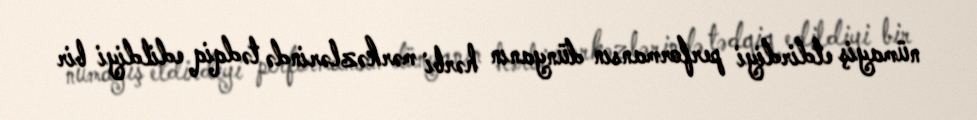
nümayiş etdirdiyi performansın dünyanın hərbi mərkəzlərində tədqiq edildiyi bir